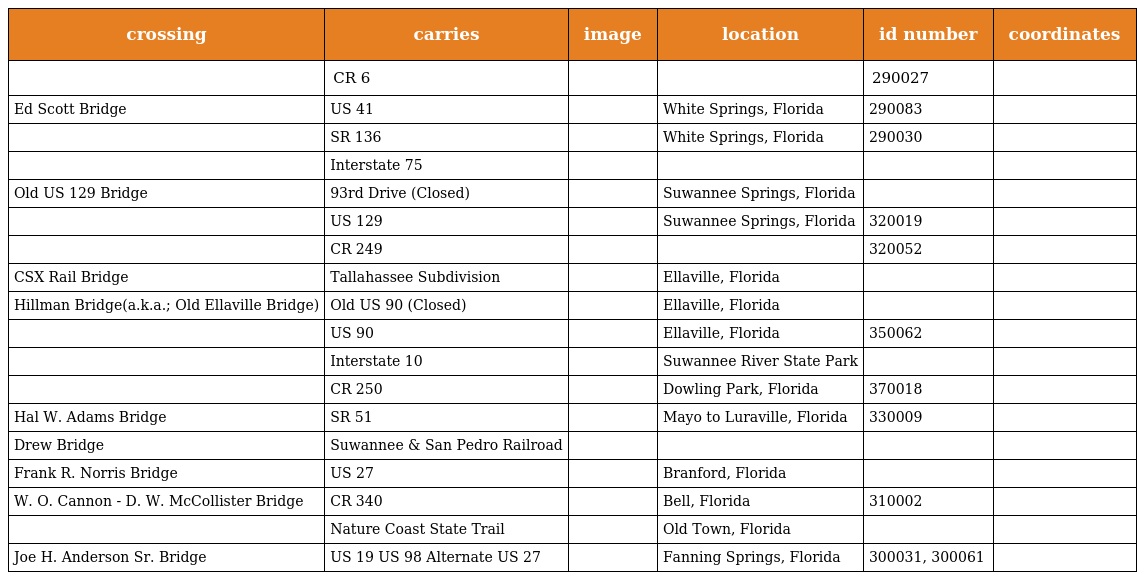
| crossing | carries | image | location | id number | coordinates |
 | --- | --- | --- | --- | --- | --- |
 |  | CR 6 |  |  | 290027 |  |
 | Ed Scott Bridge | US 41 |  | White Springs, Florida | 290083 |  |
 |  | SR 136 |  | White Springs, Florida | 290030 |  |
 |  | Interstate 75 |  |  |  |  |
 | Old US 129 Bridge | 93rd Drive (Closed) |  | Suwannee Springs, Florida |  |  |
 |  | US 129 |  | Suwannee Springs, Florida | 320019 |  |
 |  | CR 249 |  |  | 320052 |  |
 | CSX Rail Bridge | Tallahassee Subdivision |  | Ellaville, Florida |  |  |
 | Hillman Bridge(a.k.a.; Old Ellaville Bridge) | Old US 90 (Closed) |  | Ellaville, Florida |  |  |
 |  | US 90 |  | Ellaville, Florida | 350062 |  |
 |  | Interstate 10 |  | Suwannee River State Park |  |  |
 |  | CR 250 |  | Dowling Park, Florida | 370018 |  |
 | Hal W. Adams Bridge | SR 51 |  | Mayo to Luraville, Florida | 330009 |  |
 | Drew Bridge | Suwannee & San Pedro Railroad |  |  |  |  |
 | Frank R. Norris Bridge | US 27 |  | Branford, Florida |  |  |
 | W. O. Cannon - D. W. McCollister Bridge | CR 340 |  | Bell, Florida | 310002 |  |
 |  | Nature Coast State Trail |  | Old Town, Florida |  |  |
 | Joe H. Anderson Sr. Bridge | US 19 US 98 Alternate US 27 |  | Fanning Springs, Florida | 300031, 300061 |  |